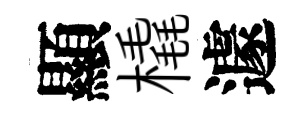
顯橇遽